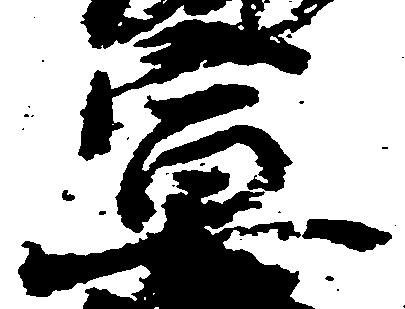
宣